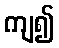
ကျ၍